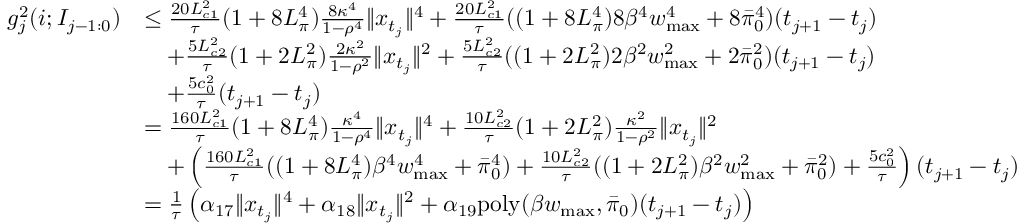
\begin{array} { r l } { g _ { j } ^ { 2 } ( i ; I _ { j - 1 : 0 } ) } & { \leq \frac { 2 0 L _ { c 1 } ^ { 2 } } { \tau } ( 1 + 8 L _ { \pi } ^ { 4 } ) \frac { 8 \kappa ^ { 4 } } { 1 - \rho ^ { 4 } } \| x _ { t _ { j } } \| ^ { 4 } + \frac { 2 0 L _ { c 1 } ^ { 2 } } { \tau } ( ( 1 + 8 L _ { \pi } ^ { 4 } ) 8 \beta ^ { 4 } w _ { \operatorname* { m a x } } ^ { 4 } + 8 \bar { \pi } _ { 0 } ^ { 4 } ) ( t _ { j + 1 } - t _ { j } ) } \\ & { \quad + \frac { 5 L _ { c 2 } ^ { 2 } } { \tau } ( 1 + 2 L _ { \pi } ^ { 2 } ) \frac { 2 \kappa ^ { 2 } } { 1 - \rho ^ { 2 } } \| x _ { t _ { j } } \| ^ { 2 } + \frac { 5 L _ { c 2 } ^ { 2 } } { \tau } ( ( 1 + 2 L _ { \pi } ^ { 2 } ) 2 \beta ^ { 2 } w _ { \operatorname* { m a x } } ^ { 2 } + 2 \bar { \pi } _ { 0 } ^ { 2 } ) ( t _ { j + 1 } - t _ { j } ) } \\ & { \quad + \frac { 5 c _ { 0 } ^ { 2 } } { \tau } ( t _ { j + 1 } - t _ { j } ) } \\ & { = \frac { 1 6 0 L _ { c 1 } ^ { 2 } } { \tau } ( 1 + 8 L _ { \pi } ^ { 4 } ) \frac { \kappa ^ { 4 } } { 1 - \rho ^ { 4 } } \| x _ { t _ { j } } \| ^ { 4 } + \frac { 1 0 L _ { c 2 } ^ { 2 } } { \tau } ( 1 + 2 L _ { \pi } ^ { 2 } ) \frac { \kappa ^ { 2 } } { 1 - \rho ^ { 2 } } \| x _ { t _ { j } } \| ^ { 2 } } \\ & { \quad + \left( \frac { 1 6 0 L _ { c 1 } ^ { 2 } } { \tau } ( ( 1 + 8 L _ { \pi } ^ { 4 } ) \beta ^ { 4 } w _ { \operatorname* { m a x } } ^ { 4 } + \bar { \pi } _ { 0 } ^ { 4 } ) + \frac { 1 0 L _ { c 2 } ^ { 2 } } { \tau } ( ( 1 + 2 L _ { \pi } ^ { 2 } ) \beta ^ { 2 } w _ { \operatorname* { m a x } } ^ { 2 } + \bar { \pi } _ { 0 } ^ { 2 } ) + \frac { 5 c _ { 0 } ^ { 2 } } { \tau } \right) ( t _ { j + 1 } - t _ { j } ) } \\ & { = \frac { 1 } { \tau } \left( \alpha _ { 1 7 } \| x _ { t _ { j } } \| ^ { 4 } + \alpha _ { 1 8 } \| x _ { t _ { j } } \| ^ { 2 } + \alpha _ { 1 9 } \mathrm { p o l y } ( \beta w _ { \operatorname* { m a x } } , \bar { \pi } _ { 0 } ) ( t _ { j + 1 } - t _ { j } ) \right) } \end{array}